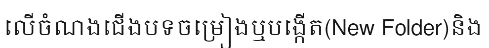
លើចំណងជើងបទចម្រៀងឬបង្កើត(New Folder)និង